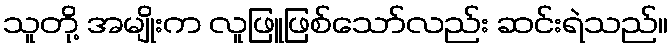
သူတို့ အမျိုးက လူဖြူဖြစ်သော်လည်း ဆင်းရဲသည်။